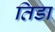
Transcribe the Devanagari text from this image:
तिडा